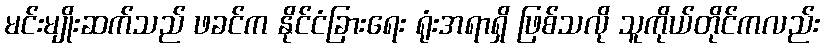
မင်းမျိုးဆက်သည် ဖခင်က နိုင်ငံခြားရေး ရုံးအရာရှိ ဖြစ်သလို သူကိုယ်တိုင်ကလည်း